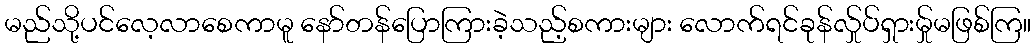
မည်သို့ပင်လေ့လာစေကာမူ နော်တန်ပြောကြားခဲ့သည့်စကားများ လောက်ရင်ခုန်လ်ှုပ်ရှားမ်ှုမဖြစ်ကြ။